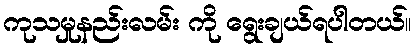
ကုသမှုနည်းလမ်း ကို ရွေးချယ်ရပါတယ်။